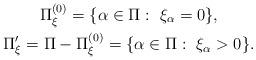
LaTeX: \begin{gather*} \Pi^{(0)}_\xi=\{\alpha\in\Pi:\ \xi_\alpha=0\}, \\ \Pi'_{\xi}=\Pi- \Pi^{(0)}_\xi=\{\alpha\in\Pi:\ \xi_\alpha>0\}.\end{gather*}